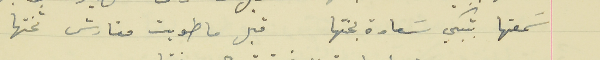
سمعتها بتبكي سَعادة بختها                                  قبل ما طويت مفارش تختها